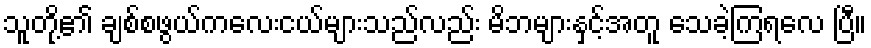
သူတို့၏ ချစ်စဖွယ်ကလေးငယ်များသည်လည်း မိဘများနှင့်အတူ သေခဲ့ကြရလေ ပြီ။